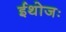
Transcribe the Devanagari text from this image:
ईथोजः